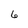
Character: 6